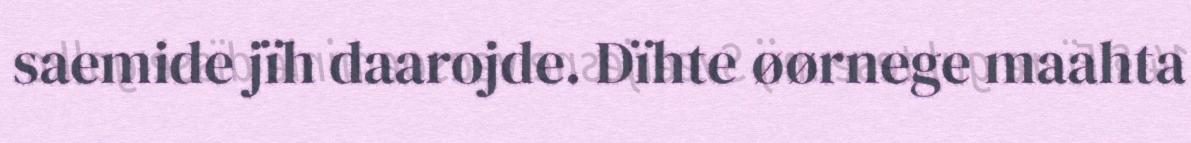
saemide jïh daarojde. Dïhte øørnege maahta